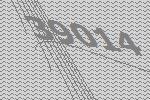
39014